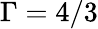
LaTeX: \Gamma=4/3